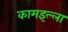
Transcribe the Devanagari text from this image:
कामइल्ला